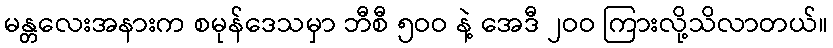
မန္တလေးအနားက စမုန်ဒေသမှာ ဘီစီ ၅ဝဝ နဲ့ အေဒီ ၂ဝဝ ကြားလို့သိလာတယ်။